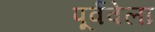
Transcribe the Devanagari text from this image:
पूर्ववेला